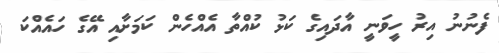
ފެނުނު އިރު ހީވަނީ އާދައިގެ ކަޅު ކުއްތާ އެއްހެން ކަމަށާއި އޭގެ ހައެއްކަ